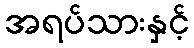
အရပ်သားနှင့်